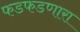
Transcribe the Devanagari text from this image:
फडफडणारा